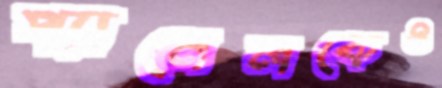
প্যানেলকেও